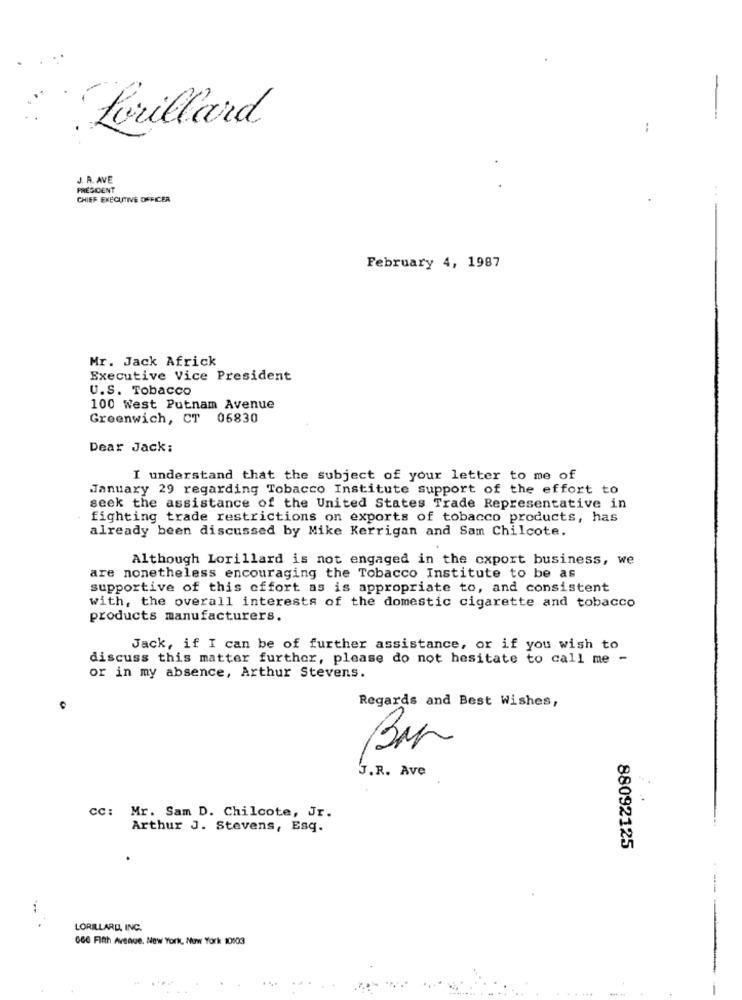
Lorillard
-
..
J. R. AVE
PRESIDENT
. .
CHIEF EXECUTIVE OFFICER
February 4, 1987
Mr. Jack Africk
Executive Vice President
U.S. Tobacco
100 West Putnam Avenue
Greenwich, CT 06830
Dear Jack:
I understand that the subject of your letter to me of
January 29 regarding Tobacco Institute support of the effort to
seek the assistance of the United States Trade Representative in
fighting trade restrictions on exports of tobacco products, has
already been discussed by Mike Kerrigan and Sam Chilcote.
Although Lorillard is not engaged in the export business, we
are nonetheless encouraging the Tobacco Institute to be as
supportive of this cffort as is appropriate to, and consistent
with, the overall interests of the domestic cigarette and tobacco
products manufacturers.
Jack, if I can be of further assistance, or if you wish to
discuss this matter further, please do not hesitate to call me -
or in my absence, Arthur Stevens.
Regards and Best Wishes,
J.R. Ave
cc: Mr. Sam D. Chilcote, Jr.
Arthur J. Stevens, Esq.
88092125
LORILLARD, INC.
GOG Fifth Avenue, New York, New York 10103